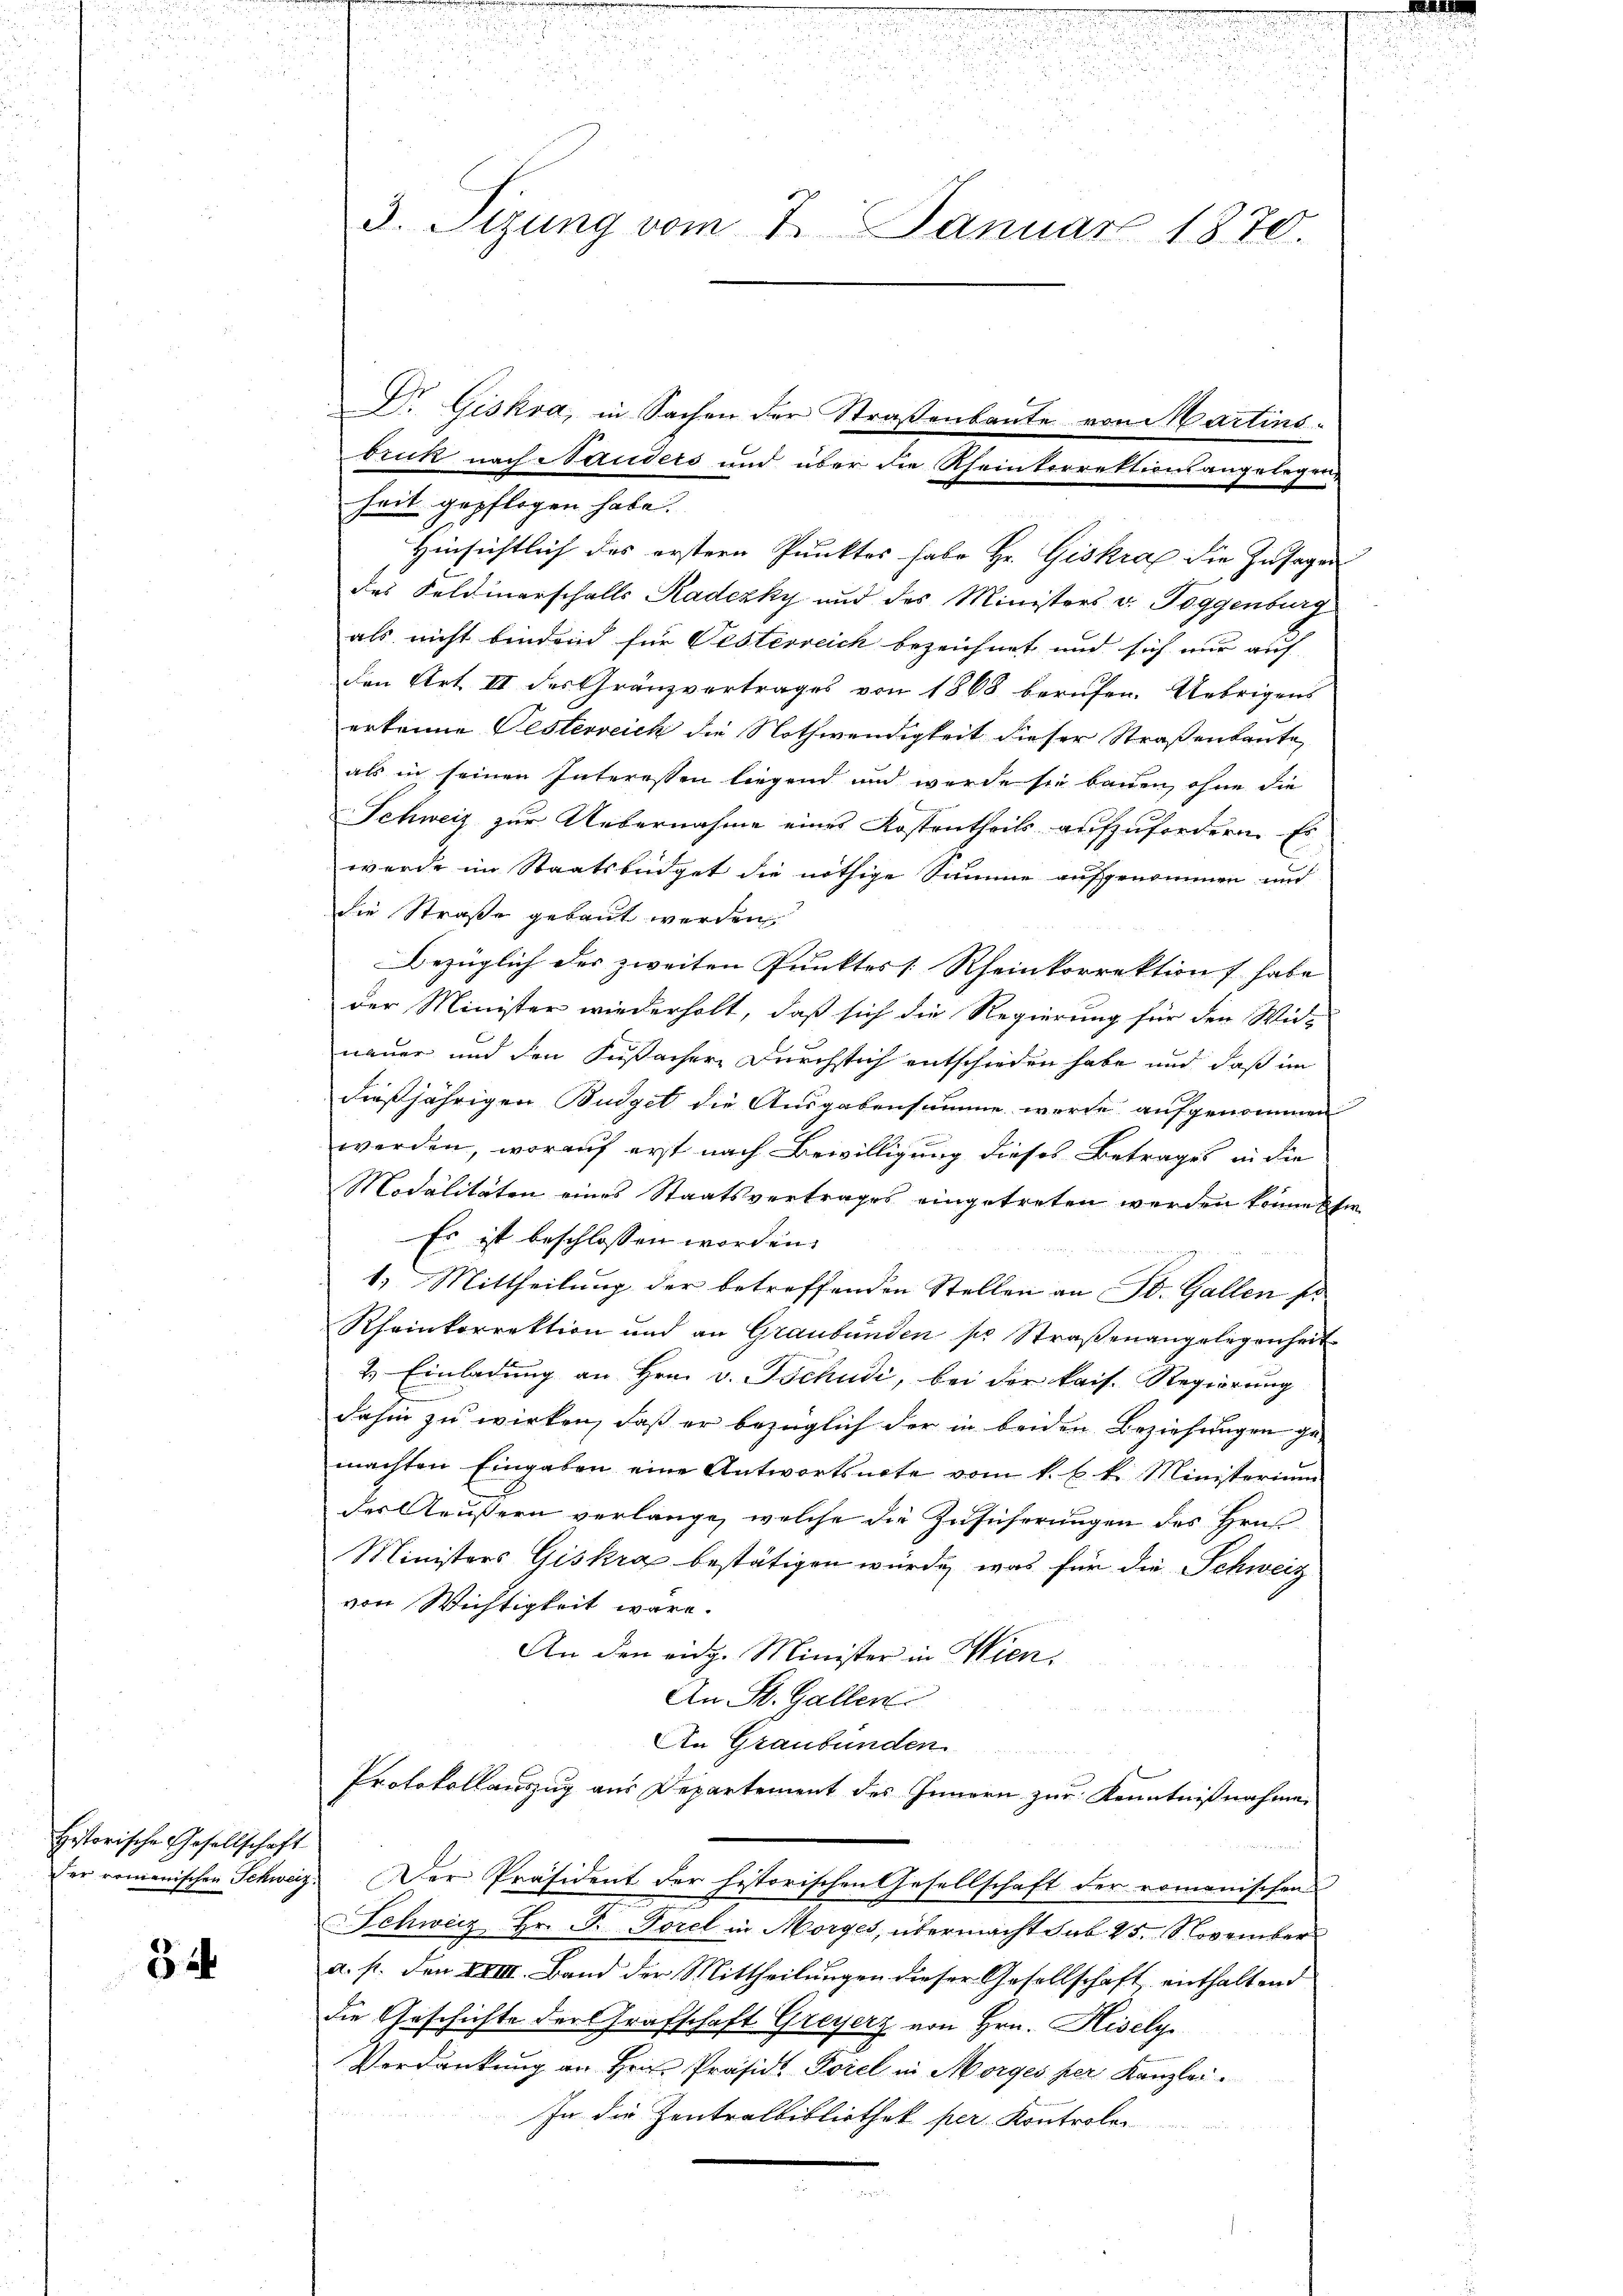
Historische Gesellschaft

54

heit gepflogen habe.
Hinsichtlich des erstern Punktes habe Hr. Giskraf die Zusagen
des Feldmarschalls Kadezky und des Ministers v. Toggenburg
als nicht bindend für Vesterreich bezeichnet und sich nur auf
den Art. II des Gränzvertrages von 1868 berufen. Uebrigens
erkenne Festerreich die Nothwendigkeit dieser Straßenbaute,
als in seinen Interessen liegend und werde sie bauen, ohne die
Schweiz zur Uebernahme eines Kostentheils aufzufordern. Es
wurde im Staatsbüdget die nöthige Summe aufgenommen und
die Straße gebaut werden.
Bezüglich des zweiten Punktes [Rheinkorrektion f habe
der Minister wiederholt, daß sich die Regierung für den Wir-
nauer und den Fusachere Durchstich entschieden habe und daß im
dießjährigen Budget die Ausgabensumme werde aufgenommen
g
werden, worauf erst nach Bewilligung dieses Betrages in die
Modalitäten eines Staatsvertrages eingetreten werden könne ein
Es ist beschlossen worden.
1. Mittheilung der betreffenden Stellen an St. Gallen so
Rheinkorrektion und an Graubünden pr. Straßenangelegenheit
2. Einladung an Hrn. v. Tschudi, bei der kais. Regierung
dahin zu wirken, daß er bezüglich der in beiden Beziehungen ge-
machten Eingaben eine Antwortsnote vom k. k. k. Ministerium
der Aeussern verlange, welche die Zusicherungen des Hrn
Ministers Giskra bestätigen würde, was für die Schweiz
von Wichtigkeit wäre.
An den eidg. Minister in Wien.
An St. Gallen
An Graubünden
Protokollauszug aus Departement des Innern zur Kenntnißnahme.
Der romanischen Schweiz. Der Präsident der historischen Gesellschaft der romanischen
Schweiz Hr. P. Forel in Morges, übermacht sub 25. November
a. p. den XVIII. Band der Mittheilungen dieser Gesellschaft enthaltend
die Geschichte der Grafschaft Greyerz von Hrn. Hisely
Verdankung an Hrn. Präsid. Forel in Morges per Kanzlei¬
In die Zentralbibliothek per Kontroler

e

3. Tizung vom 7. Januar 1870.

Dr. Giskra, in Sachen der Straßenbaute von artins-
bruck nach Nauders und über die Rheinkorrektionsangelegung